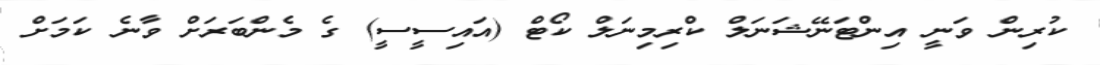
ކުރިން ވަނީ އިންޓަނޭޝަނަލް ކްރިމިނަލް ކޯޓް (އައިސީސީ) ގެ މެންބަރަށް ވާނެ ކަމަށް